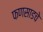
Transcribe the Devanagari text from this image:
फणसाडचे